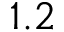
1 . 2